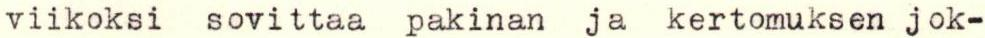
viikoksi sovittaa pakinan ja kertomuksen jok-